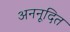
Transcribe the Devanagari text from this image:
अननूदित